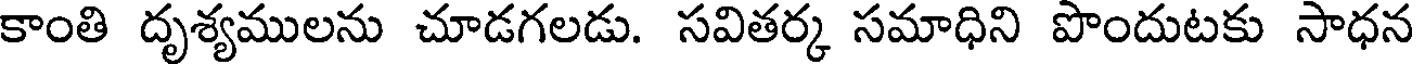
కాంతి దృశ్యములను చూడగలడు. సవితర్క సమాధిని పొందుటకు సాధన